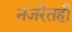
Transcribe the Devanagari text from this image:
नजरेतही